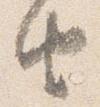
由